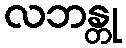
လဘန္တု